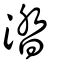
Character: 涾